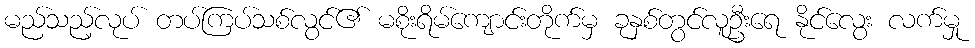
မည်သည့်လုပ် တပ်ကြပ်သစ်လွင်၏ မစိုးရိမ်ကျောင်းတိုက်မှ ခုနှစ်တွင်လူဦးရေ နိုင်လွေး လက်မှု